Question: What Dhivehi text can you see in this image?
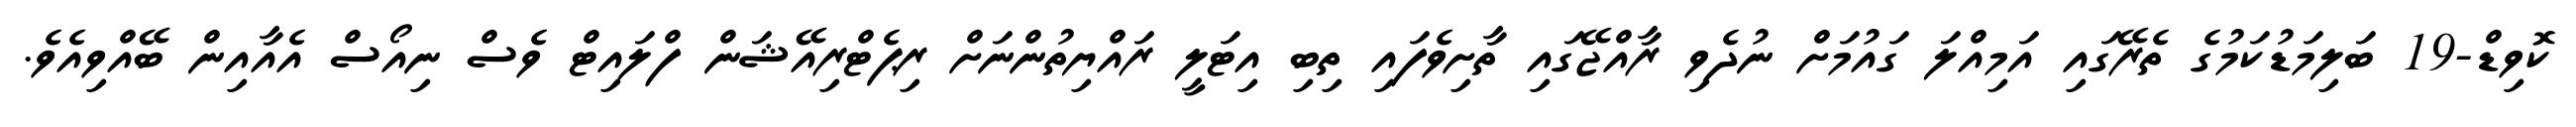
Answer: ކޮވިޑް-19 ބަލިމަޑުކަމުގެ ތެރޭގައި އަމިއްލަ ގައުމަށް ނުދެވި ރާއްޖޭގައި ތާށިވެފައި ތިބި އިޓަލީ ރައްޔިތުންނަށް ރިޕެޓްރިއޭޝަން ފްލައިޓް ވެސް ނިއޯސް އެއާއިން ބޭއްވިއެވެ.